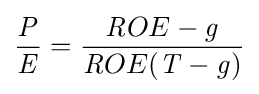
{\frac {\mathit {P}}{\mathit {E}}}={\frac {{\mathit {R}}OE-{\mathit {g}}}{{\mathit {R}}OE({\mathit {T}}-{\mathit {g}})}}